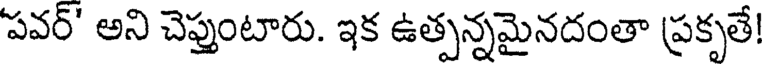
'పవర్' అని చెప్తుంటారు. ఇక ఉత్పన్నమైనదంతా ప్రకృతే!